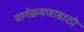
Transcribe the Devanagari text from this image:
मार्गक्रमणासाठी